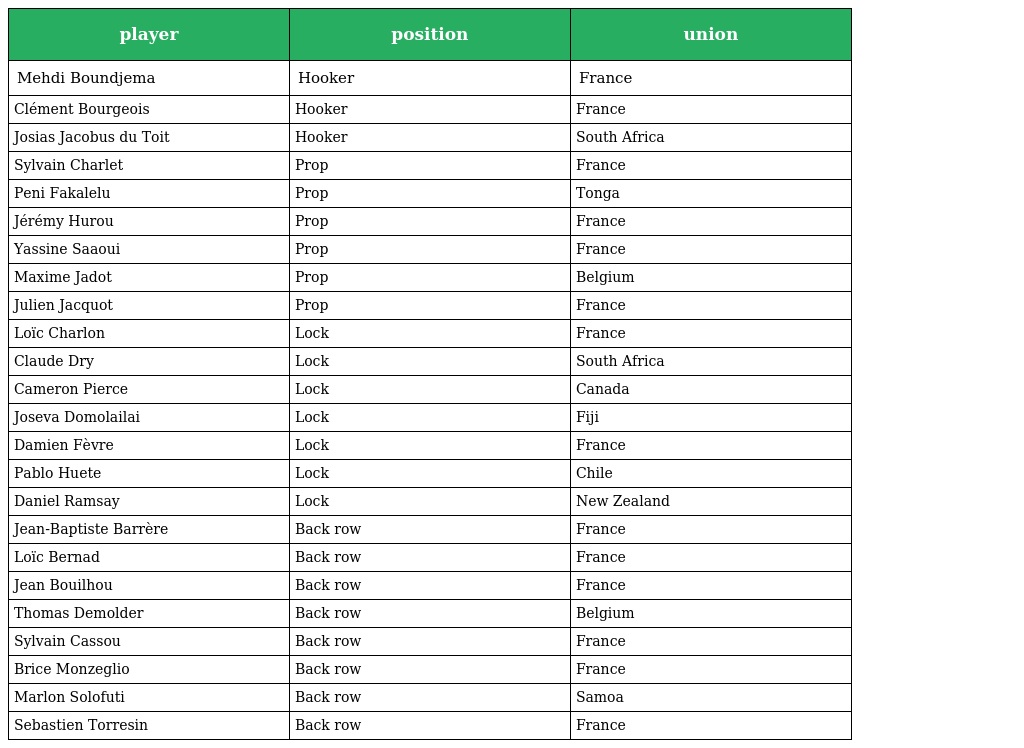
| player | position | union |
 | --- | --- | --- |
 | Mehdi Boundjema | Hooker | France |
 | Clément Bourgeois | Hooker | France |
 | Josias Jacobus du Toit | Hooker | South Africa |
 | Sylvain Charlet | Prop | France |
 | Peni Fakalelu | Prop | Tonga |
 | Jérémy Hurou | Prop | France |
 | Yassine Saaoui | Prop | France |
 | Maxime Jadot | Prop | Belgium |
 | Julien Jacquot | Prop | France |
 | Loïc Charlon | Lock | France |
 | Claude Dry | Lock | South Africa |
 | Cameron Pierce | Lock | Canada |
 | Joseva Domolailai | Lock | Fiji |
 | Damien Fèvre | Lock | France |
 | Pablo Huete | Lock | Chile |
 | Daniel Ramsay | Lock | New Zealand |
 | Jean-Baptiste Barrère | Back row | France |
 | Loïc Bernad | Back row | France |
 | Jean Bouilhou | Back row | France |
 | Thomas Demolder | Back row | Belgium |
 | Sylvain Cassou | Back row | France |
 | Brice Monzeglio | Back row | France |
 | Marlon Solofuti | Back row | Samoa |
 | Sebastien Torresin | Back row | France |